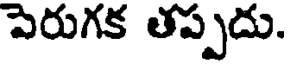
పెరుగక తప్పదు.